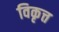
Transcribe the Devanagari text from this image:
विकृत्त